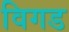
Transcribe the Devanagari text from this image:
विगड